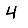
Digit: 4